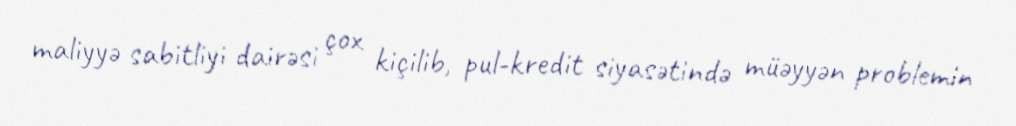
maliyyə sabitliyi dairəsi çox kiçilib, pul-kredit siyasətində müəyyən problemin